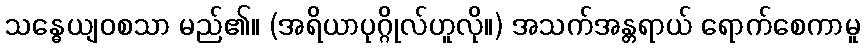
သန္ဓေယျဝစသာ မည်၏။ (အရိယာပုဂ္ဂိုလ်ဟူလို။) အသက်အန္တရာယ် ရောက်စေကာမူ